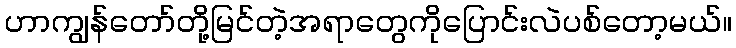
ဟာကျွန်တော်တို့မြင်တဲ့အရာတွေကိုပြောင်းလဲပစ်တော့မယ်။